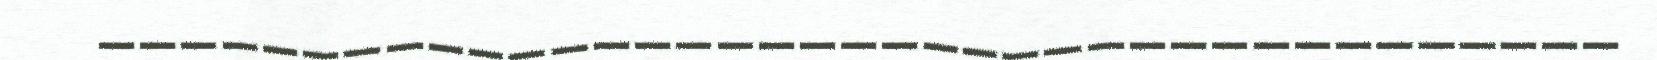
_____________________________________